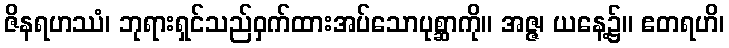
ဇိနရဟဿံ၊ ဘုရားရှင်သည်ဝှက်ထားအပ်သောပုစ္ဆာကို။ အဇ္ဇ၊ ယနေ့၌။ ဧတရဟိ၊